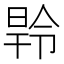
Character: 𭦝